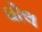
ઘોલ